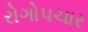
રોગોપચાર